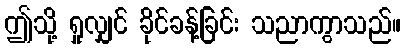
ဤသို့ ရှုလျှင် ခိုင်ခန့်ခြင်း သညာကွာသည်။